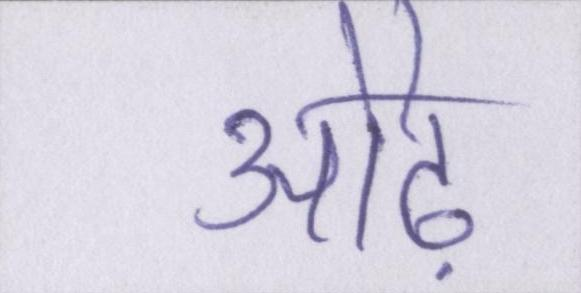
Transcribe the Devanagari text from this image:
ओढ़ें